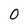
Character: O